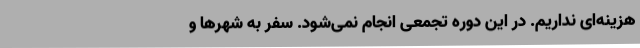
هزینه‌ای نداریم. در این دوره تجمعی انجام نمی‌شود. سفر به شهرها و